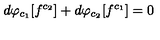
d \varphi _ { c _ { 1 } } [ f ^ { c _ { 2 } } ] + d \varphi _ { c _ { 2 } } [ f ^ { c _ { 1 } } ] = 0